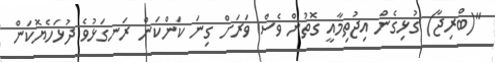
"(ބްރިޖާ) ގުޅިގެން އިޖުތިމާއީ ގޮތުން ވެސް ވަރަށް ގިނަ ކަންކަން ރަނގަޅުވެ ދުޅަހެޔޮކަން